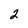
Character: 2